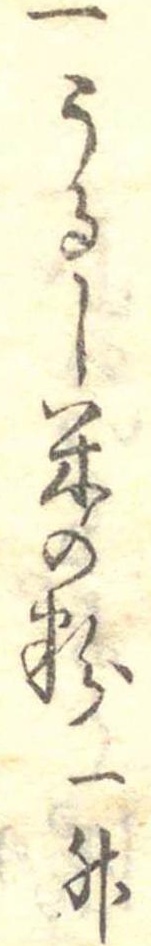
一うるし米の粉一升